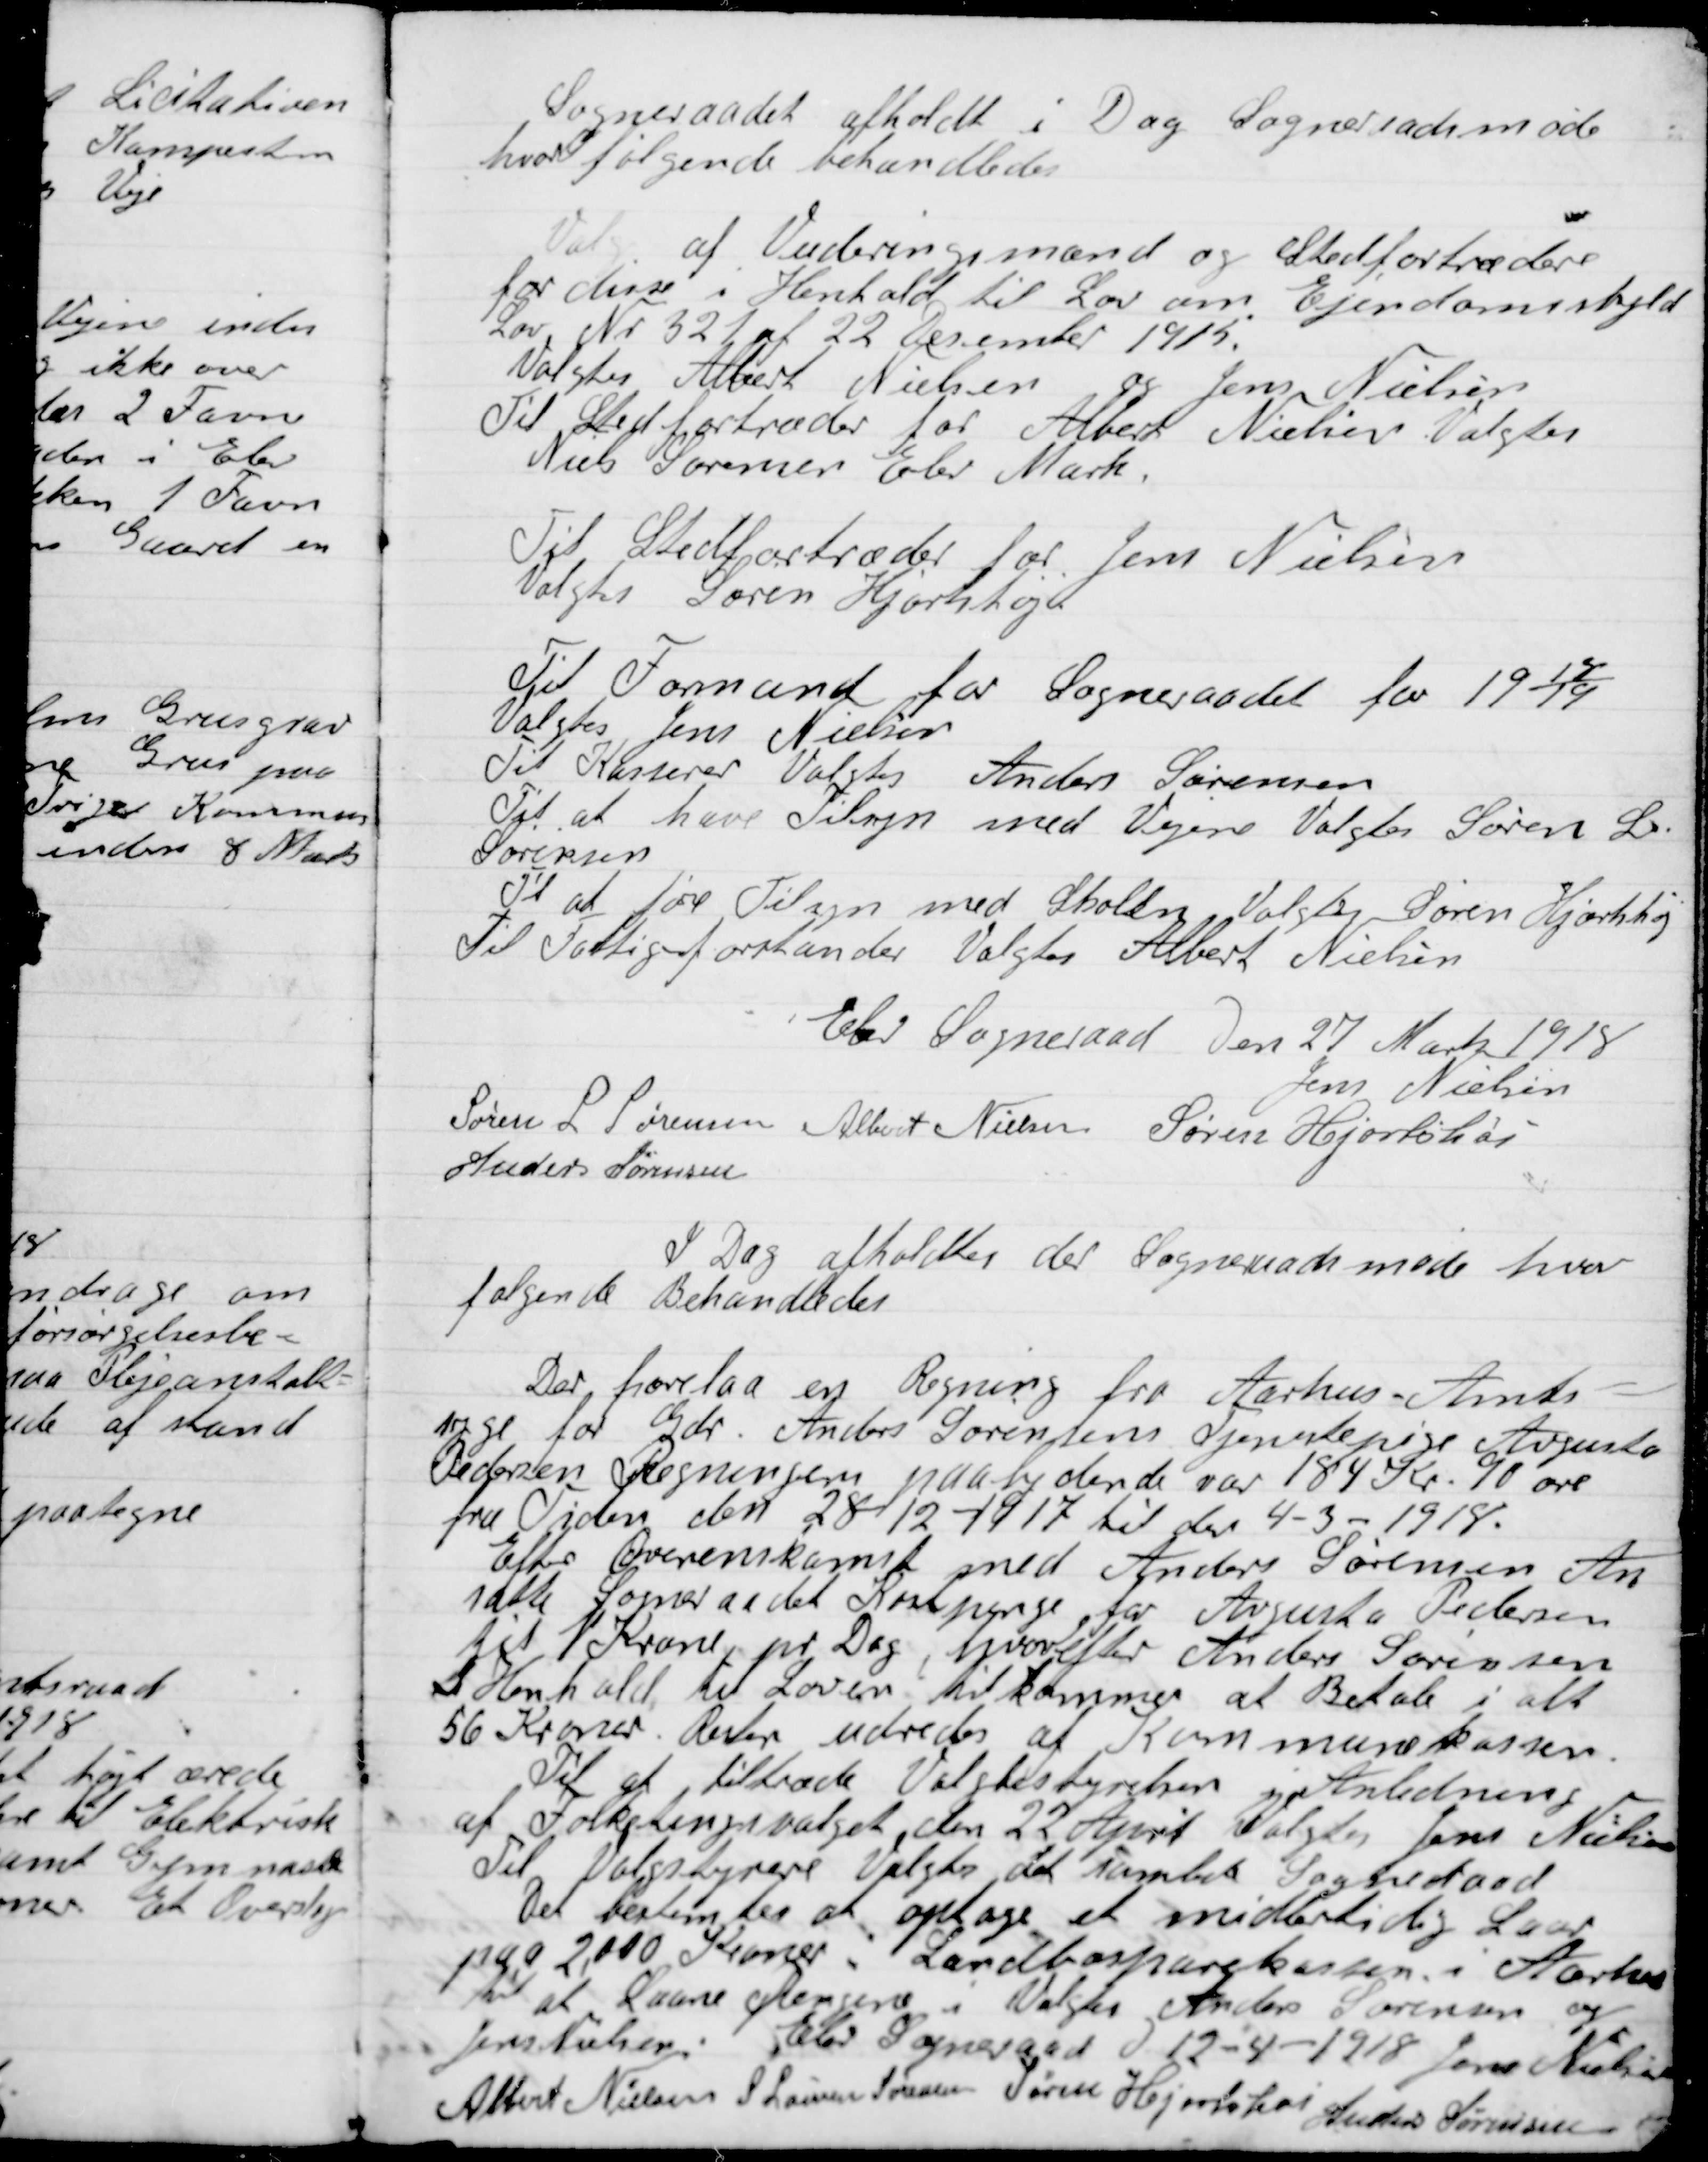
Transskription:
Sogneraadet afholdt i Dag Sogneraadsmøde
hvor følgende  Behandledes:

Valg af Vurderingsmænd og Stedfortræder
for disse i Henhold til Lov om Ejendomsskyld
Lov Nr. 321 af 22 December 1915.
Valgtes Albert Nielsen og Jens Nielsen
Til Stedfortræder for Albert Nielsen Valgtes
Niels Sørensen Elev Mark.
Til Stedfortræder for Jens Nielsen
Valgtes Søren Hjortshøi.
Til Formand for Sogneraadet for 1918/19
Valgtes Jens Nielsen
Til Kasserer Valgtes Anders Sørensen
Til at have Tilsyn med Vejene Valgtes Søren L.
Sørensen.
Til at føre Tilsyn med Skoler valgtes Søren Hjortshøi,
Til Fattigforstander Valgtes Albert Nielsen.

Elev Sogneraad Den 27 Marts 1918

Jens Nielsen
Søren L. Sørensen
Albert Nielsen
Søren Hjortshøi
Anders Sørensen

I Dag afholdtes der  Sogneraadetsmøde hvor
følgende Behandledes:

Der forelaa en Regning fra Aarhus Amts-
raad for Gdr. Anders Sørensens Tjenestepige Augusta
Pedersen. Regningen paalydende var 184 Kr. 90 øre
fra Tiden den 28-12-1917 til den 4-3-1918.
Efter Overenskomst med Anders Sørensen An-
satte Sogneraadet Kostpenge for Avgento Pedersen
til 1 Krone pr. Dag, hvorefter Anders Sørensen
I Henhold til Loven tilkommer at Betale i alt
56 Kroner. Resten udredes af Kommunekassen.

Til at tiltræde Valgbestyrelsen i Anledning
af Folketingsvalg den 22 April Valgtes Jens Nielsen
Til Valgbestyre Valgtes det samlede Sogneraad
Det bestemtes at optage et midlertidigt Laan
paa 2000 kroner i Landbosparekassen i Aarhus
til at Laane  i Valgtes Anders Sørensen og
Jens Nielsen.

Elev Sogneraad D. 12-4-1918

Jens Nielsen,
Albert Nielsen
Søren L. Sørensen
Søren Hjortshøi
Anders Sørensen